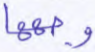
وجهها